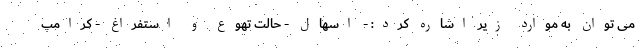
می توان به موارد زیر اشاره کرد: - اسهال - حالت تهوع و استفراغ - کرامپ